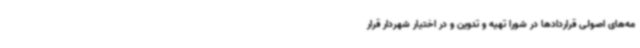
مه‌های اصولی قراردادها در شورا تهیه و تدوین و در اختیار شهردار قرار